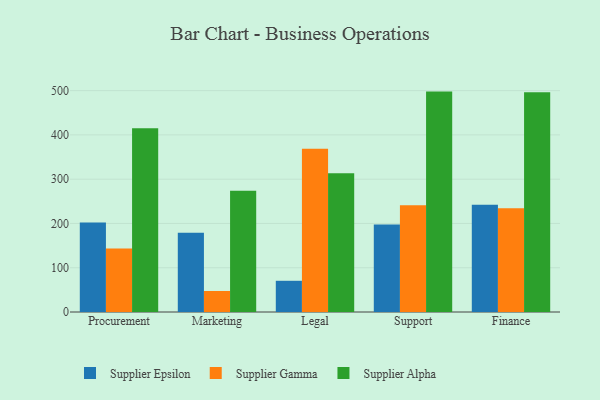
{"axis": {"x": "Department", "y": "Demand Index"}, "legend": ["Supplier Alpha", "Supplier Epsilon", "Supplier Gamma"], "data": [{"x": "Procurement", "y": 202.2, "type": "Supplier Epsilon"}, {"x": "Procurement", "y": 143.2, "type": "Supplier Gamma"}, {"x": "Procurement", "y": 415.2, "type": "Supplier Alpha"}, {"x": "Marketing", "y": 179.0, "type": "Supplier Epsilon"}, {"x": "Marketing", "y": 47.4, "type": "Supplier Gamma"}, {"x": "Marketing", "y": 273.7, "type": "Supplier Alpha"}, {"x": "Legal", "y": 70.5, "type": "Supplier Epsilon"}, {"x": "Legal", "y": 368.5, "type": "Supplier Gamma"}, {"x": "Legal", "y": 313.6, "type": "Supplier Alpha"}, {"x": "Support", "y": 197.5, "type": "Supplier Epsilon"}, {"x": "Support", "y": 241.2, "type": "Supplier Gamma"}, {"x": "Support", "y": 497.8, "type": "Supplier Alpha"}, {"x": "Finance", "y": 242.4, "type": "Supplier Epsilon"}, {"x": "Finance", "y": 234.2, "type": "Supplier Gamma"}, {"x": "Finance", "y": 496.1, "type": "Supplier Alpha"}]}